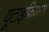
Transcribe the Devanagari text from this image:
यूटाइफियस।